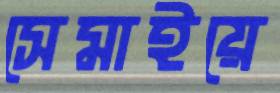
সেমাইয়ে